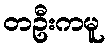
တဦးကမူ